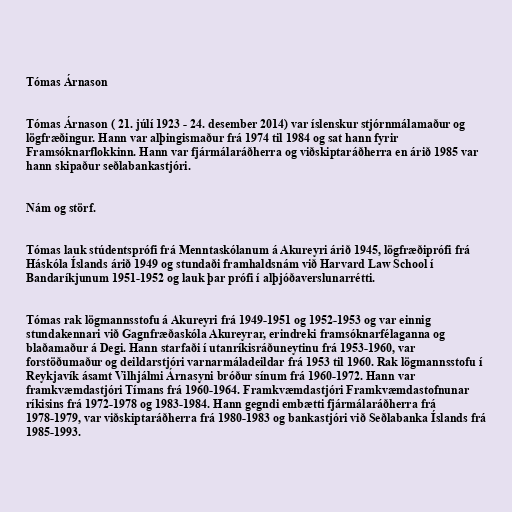
Tómas Árnason

Tómas Árnason ( 21. júlí 1923 - 24. desember 2014) var íslenskur stjórnmálamaður og
lögfræðingur. Hann var alþingismaður frá 1974 til 1984 og sat hann fyrir
Framsóknarflokkinn. Hann var fjármálaráðherra og viðskiptaráðherra en árið 1985 var
hann skipaður seðlabankastjóri.

Nám og störf.

Tómas lauk stúdentsprófi frá Menntaskólanum á Akureyri árið 1945, lögfræðiprófi frá
Háskóla Íslands árið 1949 og stundaði framhaldsnám við Harvard Law School í
Bandaríkjunum 1951-1952 og lauk þar prófi í alþjóðaverslunarrétti.

Tómas rak lögmannsstofu á Akureyri frá 1949-1951 og 1952-1953 og var einnig
stundakennari við Gagnfræðaskóla Akureyrar, erindreki framsóknarfélaganna og
blaðamaður á Degi. Hann starfaði í utanríkisráðuneytinu frá 1953-1960, var
forstöðumaður og deildarstjóri varnarmáladeildar frá 1953 til 1960. Rak lögmannsstofu í
Reykjavík ásamt Vilhjálmi Árnasyni bróður sínum frá 1960-1972. Hann var
framkvæmdastjóri Tímans frá 1960-1964. Framkvæmdastjóri Framkvæmdastofnunar
ríkisins frá 1972-1978 og 1983-1984. Hann gegndi embætti fjármálaráðherra frá
1978-1979, var viðskiptaráðherra frá 1980-1983 og bankastjóri við Seðlabanka Íslands frá
1985-1993.